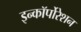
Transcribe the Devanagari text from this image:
इन्कॉर्पोरेशन